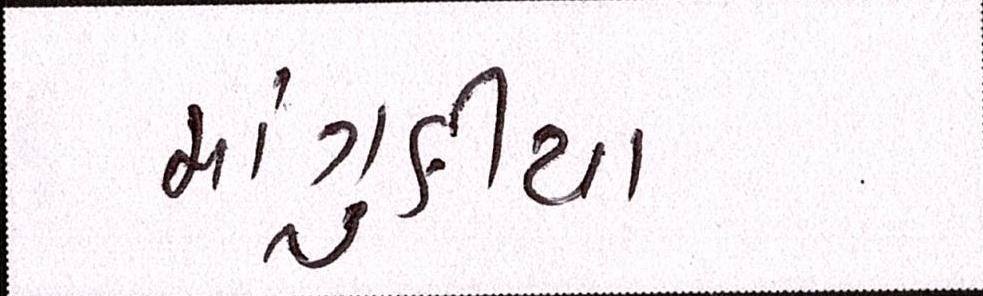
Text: માંગુકીયા